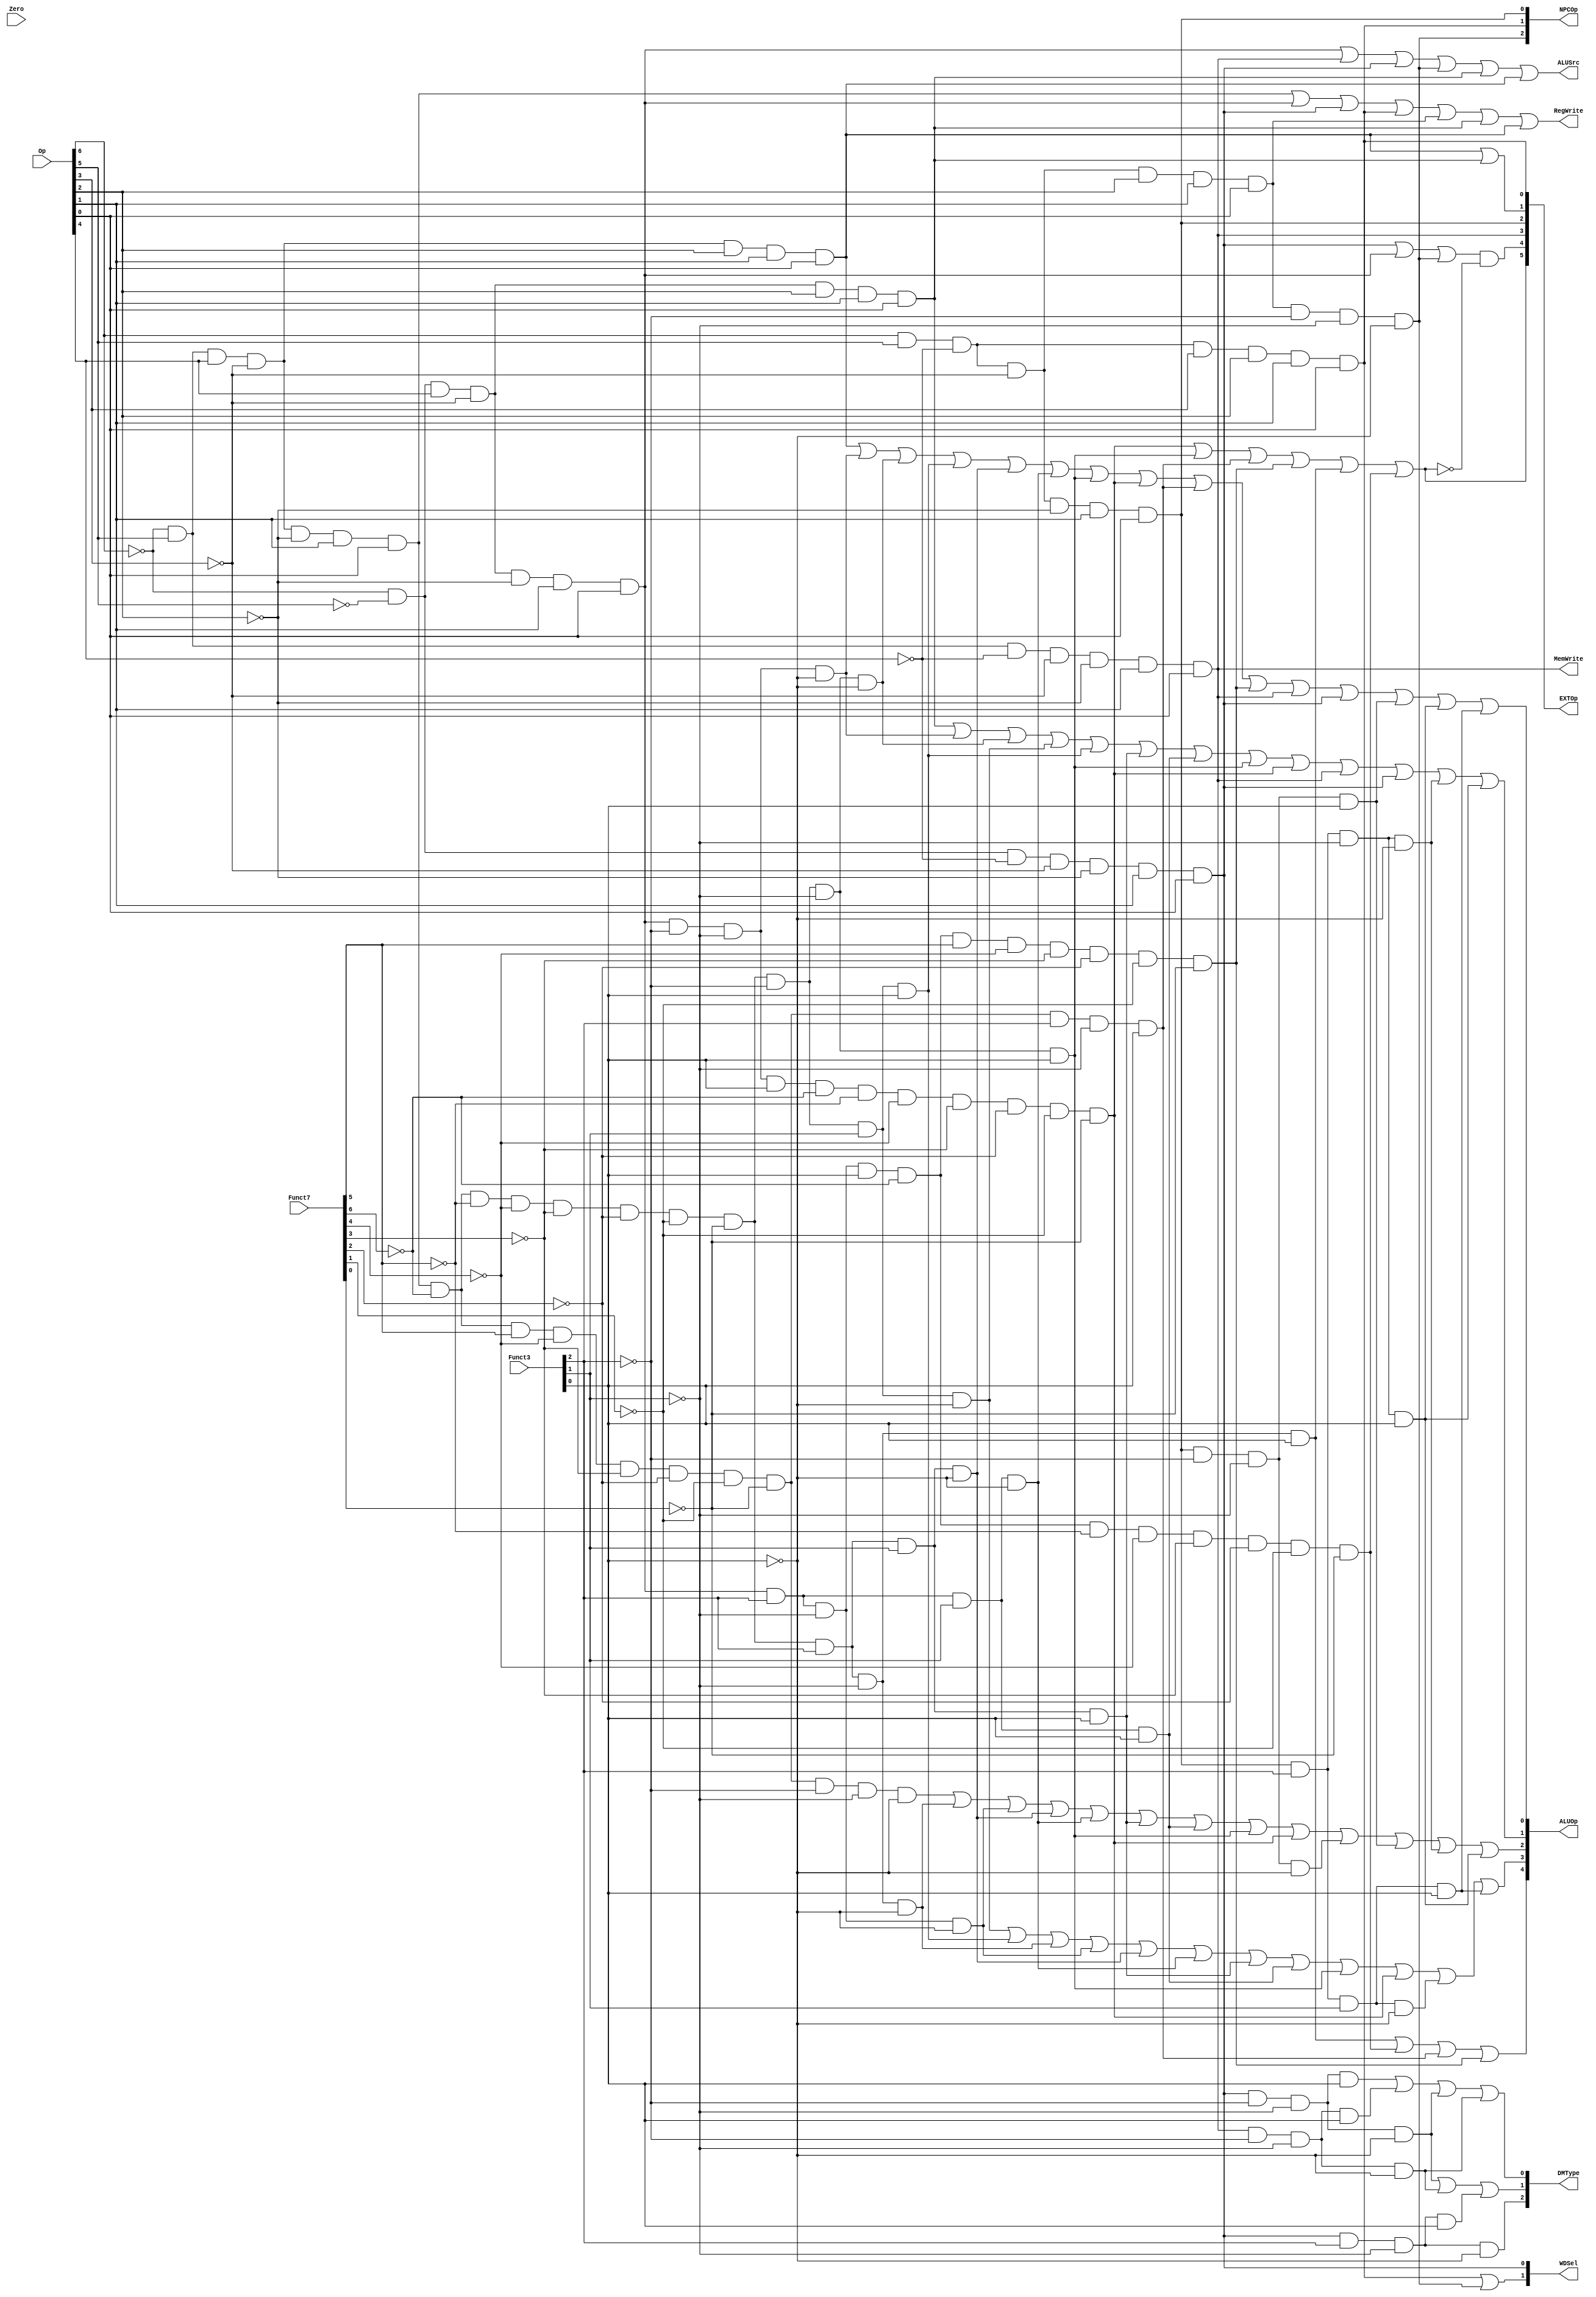
// This program was cloned from: https://github.com/Crzax/riscv_singlecycle
// License: MIT License

`timescale 1ns / 1ps
//////////////////////////////////////////////////////////////////////////////////
// Company: 
// Engineer: 
// 
// Design Name: 
// Module Name: ctrl_480
// Project Name: 
// Target Devices: 
// Tool Versions: 
// Description: 
// 
// Dependencies: 
// 
// Revision:
// Revision 0.01 - File Created
// Additional Comments:
// 
//////////////////////////////////////////////////////////////////////////////////

module ctrl_480(
    input [6:0] Op,  //opcode
    input [6:0] Funct7,  //funct7 
    input [2:0] Funct3,    // funct3 
    input Zero,
    output RegWrite, // control signal for register write
    output MemWrite, // control signal for memory write
    output	[5:0]EXTOp,    // control signal to signed extension
    output [4:0] ALUOp,    // ALU opertion
    output [2:0] NPCOp,    // next pc operation
    output ALUSrc,   // ALU source for b
    output [2:0] DMType, //dm r/w type
    output [1:0] WDSel    // (register) write data selection  (MemtoReg)
    );
    
//R_type:
wire rtype  = ~Op[6]&Op[5]&Op[4]&~Op[3]&~Op[2]&Op[1]&Op[0]; //opcode:0110011
wire i_add =rtype&~Funct7[6]&~Funct7[5]&~Funct7[4]&~Funct7[3]&~Funct7[2]&~Funct7[1]&~Funct7[0]&~Funct3[2]&~Funct3[1]&~Funct3[0]; // add funct7:0000000 funct3:000
wire i_sub=rtype&~Funct7[6]&Funct7[5]&~Funct7[4]&~Funct7[3]&~Funct7[2]&~Funct7[1]&~Funct7[0]&~Funct3[2]&~Funct3[1]&~Funct3[0]; // sub funct7:0100000 funct3:000
//sll funct7:0000000 funct3:001
wire i_sll = rtype&~Funct7[6]&~Funct7[5]&~Funct7[4]&~Funct7[3]&~Funct7[2]&~Funct7[1]&~Funct7[0]&~Funct3[2]&~Funct3[1]&Funct3[0]; 
//slt funct7:0000000 funct3:010
wire i_slt = rtype&~Funct7[6]&~Funct7[5]&~Funct7[4]&~Funct7[3]&~Funct7[2]&~Funct7[1]&~Funct7[0]&~Funct3[2]&Funct3[1]&~Funct3[0]; 
//sltu funct7:0000000 funct3:011
wire i_sltu = rtype&~Funct7[6]&~Funct7[5]&~Funct7[4]&~Funct7[3]&~Funct7[2]&~Funct7[1]&~Funct7[0]&~Funct3[2]&Funct3[1]&Funct3[0]; 
//xor funct7:0000000 funct3:100
wire i_xor = rtype&~Funct7[6]&~Funct7[5]&~Funct7[4]&~Funct7[3]&~Funct7[2]&~Funct7[1]&~Funct7[0]&Funct3[2]&~Funct3[1]&~Funct3[0]; 
//srl funct7:0000000 funct3:101
wire i_srl = rtype&~Funct7[6]&~Funct7[5]&~Funct7[4]&~Funct7[3]&~Funct7[2]&~Funct7[1]&~Funct7[0]&Funct3[2]&~Funct3[1]&Funct3[0]; 
//sra funct7:0100000 funct3:101
wire i_sra = rtype&~Funct7[6]&Funct7[5]&~Funct7[4]&~Funct7[3]&~Funct7[2]&~Funct7[1]&~Funct7[0]&Funct3[2]&~Funct3[1]&Funct3[0]; 
//or funct7:0000000 funct3:110
wire i_or = rtype&~Funct7[6]&~Funct7[5]&~Funct7[4]&~Funct7[3]&~Funct7[2]&~Funct7[1]&~Funct7[0]&Funct3[2]&Funct3[1]&~Funct3[0]; 
//and funct7:0000000 funct3:111
wire i_and = rtype&~Funct7[6]&~Funct7[5]&~Funct7[4]&~Funct7[3]&~Funct7[2]&~Funct7[1]&~Funct7[0]&Funct3[2]&Funct3[1]&Funct3[0]; 

//i_l type(load)  
wire itype_l  = ~Op[6]&~Op[5]&~Op[4]&~Op[3]&~Op[2]&Op[1]&Op[0]; //opcode:0000011
wire i_lb=itype_l&~Funct3[2]& ~Funct3[1]& ~Funct3[0]; //lb funct3:000
wire i_lh=itype_l&~Funct3[2]& ~Funct3[1]& Funct3[0];  //lh funct3:001
wire i_lw=itype_l&~Funct3[2]& Funct3[1]& ~Funct3[0];  //lw funct3:010
wire i_lbu = itype_l&Funct3[2]& ~Funct3[1]& ~Funct3[0];//lbu funct3:100
wire i_lhu = itype_l&Funct3[2]& ~Funct3[1]& Funct3[0];//lhu funct3:101

// i_i type
wire itype_r  = ~Op[6]&~Op[5]&Op[4]&~Op[3]&~Op[2]&Op[1]&Op[0]; //opcode: 0010011
wire i_addi  =  itype_r& ~Funct3[2]& ~Funct3[1]& ~Funct3[0]; //addifunct3: 000 
wire i_slti = itype_r&~Funct3[2]&Funct3[1]&~Funct3[0]; //slti funct3:010
wire i_sltiu = itype_r&~Funct3[2]&Funct3[1]&Funct3[0]; //sltiu funct3:011
wire i_xori = itype_r&Funct3[2]&~Funct3[1]&~Funct3[0]; //xori funct3:100
wire i_ori =  itype_r&Funct3[2]&Funct3[1]&~Funct3[0]; //ori funct3:110
wire i_andi = itype_r&Funct3[2]&Funct3[1]&Funct3[0]; //ori funct3:111
//sllifunct3: 001,funct7: 0000000
wire i_slli = itype_r&~Funct3[2]&~Funct3[1]&Funct3[0]&~Funct7[6]&~Funct7[5]&~Funct7[4]&~Funct7[3]&~Funct7[2]&~Funct7[1]&~Funct7[0]; 
//srlifunct3: 101,funct7: 0000000
wire i_srli = itype_r&Funct3[2]&~Funct3[1]&Funct3[0]&~Funct7[6]&~Funct7[5]&~Funct7[4]&~Funct7[3]&~Funct7[2]&~Funct7[1]&~Funct7[0]; 
//sraifunct3: 101,funct7: 0100000
wire i_srai = itype_r&Funct3[2]&~Funct3[1]&Funct3[0]&~Funct7[6]&Funct7[5]&~Funct7[4]&~Funct7[3]&~Funct7[2]&~Funct7[1]&~Funct7[0]; 

// i_j type(jalr)
wire itype_j = Op[6]&Op[5]&~Op[4]&~Op[3]&Op[2]&Op[1]&Op[0];//opcpde: 1100111
wire i_jalr = itype_j& ~Funct3[2]& ~Funct3[1]& ~Funct3[0];//jalrfunct3: 000

// s format
wire stype=~Op[6]&Op[5]&~Op[4]&~Op[3]&~Op[2]&Op[1]&Op[0];//opcode: 0100011
wire i_sw=stype& ~Funct3[2]& Funct3[1]&~Funct3[0]; // swfunct3: 010
wire i_sb=stype& ~Funct3[2]& ~Funct3[1]&~Funct3[0];// sbfunct3: 010
wire i_sh=stype& ~Funct3[2]&~Funct3[1]&Funct3[0];// shfunct3: 010

//SB format
wire sbtype = Op[6]&Op[5]&~Op[4]&~Op[3]&~Op[2]&Op[1]&Op[0]; //opcode: 1100011
wire sb_beq = sbtype&~Funct3[2]& ~Funct3[1]& ~Funct3[0]; //sb_beqfunct3: 000
wire sb_bne = sbtype&~Funct3[2]& ~Funct3[1]& Funct3[0]; //sb_bnefunct3: 001
wire sb_blt = sbtype&Funct3[2]& ~Funct3[1]& ~Funct3[0]; //sb_bltfunct3: 100
wire sb_bge = sbtype&Funct3[2]& ~Funct3[1]& Funct3[0]; //sb_bgefunct3: 101
wire sb_bltu = sbtype&Funct3[2]& Funct3[1]& ~Funct3[0]; //sb_bltufunct3: 110
wire sb_bgeu = sbtype&Funct3[2]& Funct3[1]& Funct3[0]; //sb_bgeufunct3: 111

// UJ formatjal
wire ujtype = Op[6]&Op[5]&~Op[4]&Op[3]&Op[2]&Op[1]&Op[0];//opcode: 1101111

//U format
//lui
wire utype_lui = ~Op[6]&Op[5]&Op[4]&~Op[3]&Op[2]&Op[1]&Op[0];//opcode: 0110111 
//auipc
wire utype_auipc = ~Op[6]&~Op[5]&Op[4]&~Op[3]&Op[2]&Op[1]&Op[0];//opcode: 0010111

//MUX
assign RegWrite = rtype | itype_r|itype_l|ujtype|itype_j|utype_auipc|utype_lui; // register writ e
assign MemWrite = stype;              // memory write
assign ALUSrc  = itype_r | stype | itype_l | i_jalr |utype_auipc|utype_lui; // ALU B is from instruction immediate

//mem2reg=wdsel ,WDSel_FromALU 2'b00  WDSel_FromMEM 2'b01  WDSel_FromPC 2'b10 
assign WDSel[0] = itype_l;   
assign WDSel[1] = ujtype|i_jalr;

//ALUOP
//`define ALUOp_nop 5'b00000
//`define ALUOp_lui 5'b00001
//`define ALUOp_auipc 5'b00010
//`define ALUOp_add 5'b00011
//`define ALUOp_sub 5'b00100
//`define ALUOp_bne 5'b00101
//`define ALUOp_blt 5'b00110
//`define ALUOp_bge 5'b00111
//`define ALUOp_bltu 5'b01000
//`define ALUOp_bgeu 5'b01001
//`define ALUOp_slt 5'b01010
//`define ALUOp_sltu 5'b01011
//`define ALUOp_xor 5'b01100
//`define ALUOp_or 5'b01101
//`define ALUOp_and 5'b01110
//`define ALUOp_sll 5'b01111
//`define ALUOp_srl 5'b10000
//`define ALUOp_sra 5'b10001
assign ALUOp[0] = utype_lui|i_addi|i_add|i_sltu|i_or|i_ori|i_sll|i_slli|i_sra|i_srai|stype|itype_l|sb_bne|sb_bge|sb_bgeu;
assign ALUOp[1] = utype_auipc|i_addi|i_add|i_slt|i_sltu|i_and|i_andi|i_sll|i_slli|stype|itype_l|sb_blt|sb_bge;
assign ALUOp[2] = i_sub|i_xor|i_xori|i_or|i_ori|i_and|i_andi|i_sll|i_slli|sb_beq|sb_bne|sb_blt|sb_bge;
assign ALUOp[3] = i_slt|i_sltu|i_xor|i_xori|i_or|i_ori|i_and|i_andi|i_sll|i_slli|sb_bltu|sb_bgeu;
assign ALUOp[4] = i_srl|i_srli|i_sra|i_srai;


//
//`define EXT_CTRL_ITYPE_SHAMT 	6'b100000
//`define EXT_CTRL_ITYPE  6'b010000
//`define EXT_CTRL_STYPE  6'b001000
//`define EXT_CTRL_BTYPE  6'b000100
//`define EXT_CTRL_UTYPE  6'b000010
//`define EXT_CTRL_JTYPE  6'b000001
assign EXTOp[5] =  i_slli|i_sll|i_sra|i_srai|i_srl|i_srli;
assign EXTOp[4] =  (itype_l|itype_r|i_jalr)& ~EXTOp[5];
assign EXTOp[3] =  stype;
assign EXTOp[2] =  sbtype;
assign EXTOp[1] =  utype_lui|utype_auipc;
assign EXTOp[0] =  ujtype;

//Si_LDataMem   
// dm_word 3'b000
//dm_halfword 3'b001
//dm_halfword_unsigned 3'b010
//dm_byte 3'b011
//dm_byte_unsigned 3'b100
//assign DMType[2]=i_lbu;
//assign DMType[1]=i_lb | i_sb | i_lhu;
//assign DMType[0]=i_lh | i_sh | i_lb | i_sb;
assign DMType[2]=i_lbu;
assign DMType[1]=i_lb | i_sb | i_lhu;
assign DMType[0]=i_lh | i_sh | i_lb | i_sb;

//NPCOP
//000
//SB:001
//jal:010
//jalr:100
assign NPCOp[2] = i_jalr;
assign NPCOp[1] = ujtype;
assign NPCOp[0] = sbtype;

endmodule